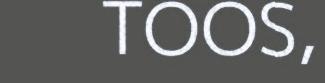
TOOS,